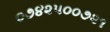
૦૭૪૨૫૦૦૭૨૧